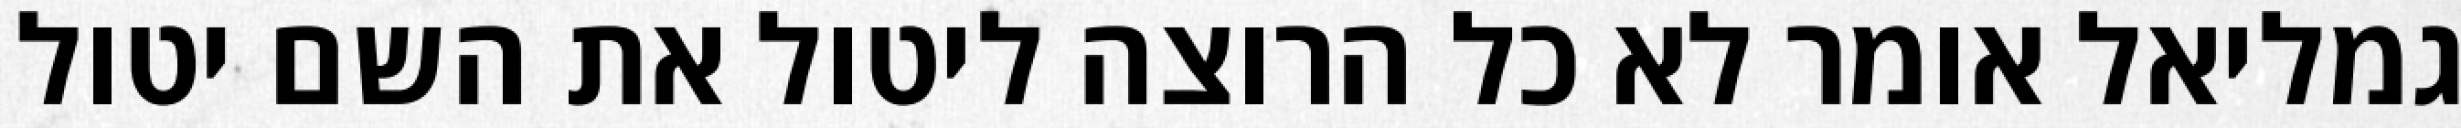
גמליאל אומר לא כל הרוצה ליטול את השם יטול